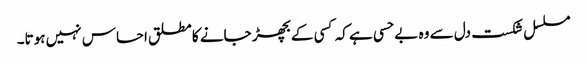
مسلسل شکست دل سے وہ بے حسی ہے کہ کسی کے بچھڑ جانے کا مطلق احساس نہیں ہوتا۔